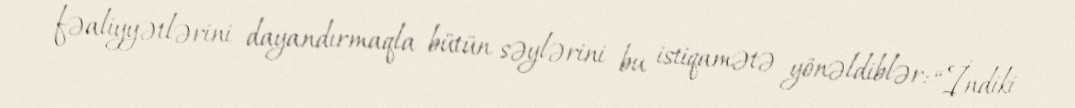
fəaliyyətlərini dayandırmaqla bütün səylərini bu istiqamətə yönəldiblər: “İndiki